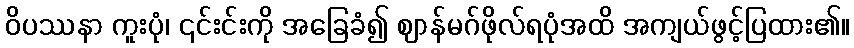
ဝိပဿနာ ကူးပုံ၊ ၎င်းင်းကို အခြေခံ၍ ဈာန်မဂ်ဖိုလ်ရပုံအထိ အကျယ်ဖွင့်ပြထား၏။